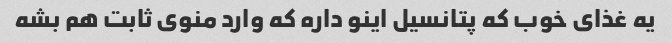
یه غذای خوب که پتانسیل اینو داره که وارد منوی ثابت هم بشه